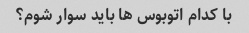
با کدام اتوبوس ها باید سوار شوم؟